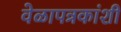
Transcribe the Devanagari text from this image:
वेळापत्रकांशी